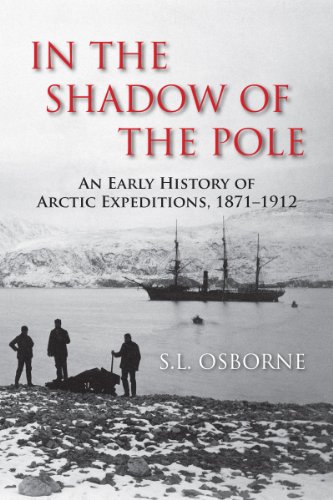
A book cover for In the Shadow of the Pole: An Early History of Arctic Expeditions, 1871-1912; S.L. Osborne; Travel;